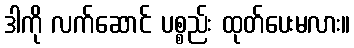
ဒါကို လက်ဆောင် ပစ္စည်း ထုတ်ပေးမလား။